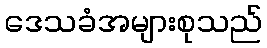
ဒေသခံအများစုသည်